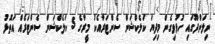
ނިލަންދޫގައި ހުޅުވިގެން މިދިޔަ ކަލެކްޝަން ސެންޓަރާއެކު މީރާގެ 5 ކަލެކްޝަން ސެންޓަރެއް އަތޮޅު